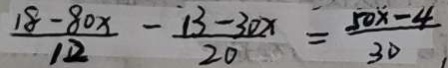
\frac { 1 8 - 8 0 x } { 1 2 } - \frac { 1 3 - 3 0 x } { 2 0 } = \frac { 5 0 x - 4 } { 3 0 }